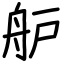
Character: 舮